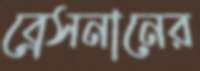
ব্রেসনানের